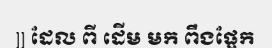
]] ដែល ពី ដើម មក ពឹងផ្អែក